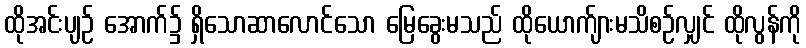
ထိုအင်းပျဉ် အောက်၌ ရှိသောဆာလောင်သော မြေခွေးမသည် ထိုယောက်ျားမသိစဉ်လျှင် ထိုလွန်ကို